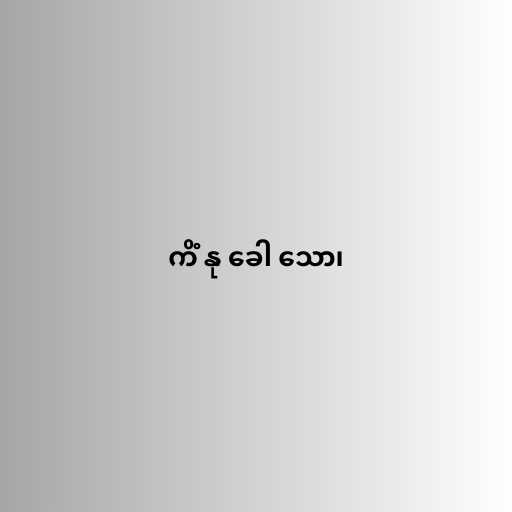
ကိံ နု ခေါ သော၊